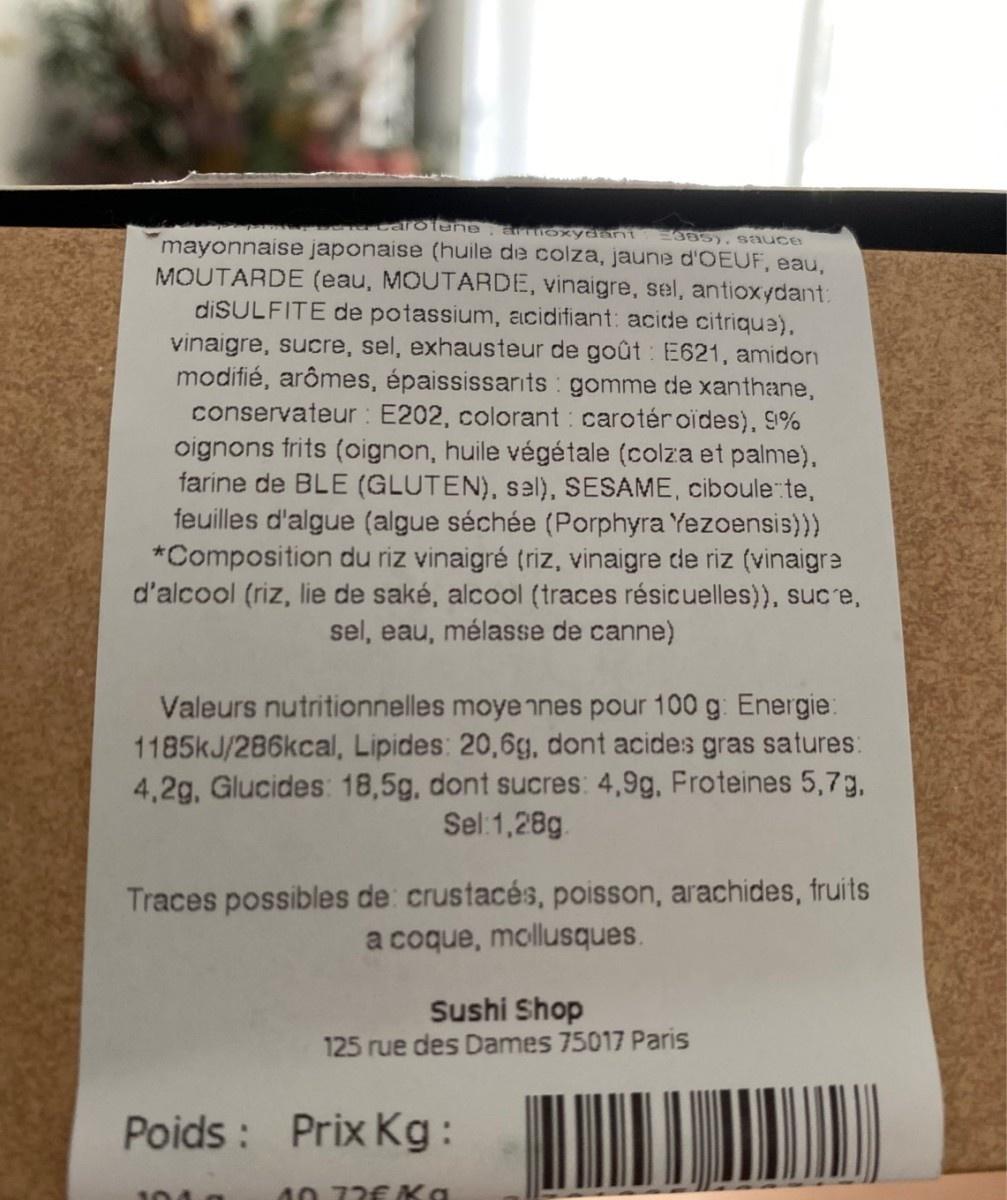
carotene, anioxydant mayonnaise japonaise (huile de colza, jaune d'OEUF, eau, MOUTARDE (eau, MOUTARDE, vinaigre, sel, antioxydant:
385), sauce
diSULFITE de potassium, acidifiant: acide citrique),
vinaigre, sucre, sel, exhausteur de goût : E621, amidorn modifié, arômes, épaississarıts gomme de xanthane, conservateur : E202, colorant : carotéroides), 9% oignons frits (oignon, huile végétale (colza et palme), farine de BLE (GLUTEN), sel), SESAME, ciboule: te, feuilles d'algue (algue séchée (Porphyra Yezoensis))) *Composition du riz vinaigré (riz, vinaigre de riz (vinaigre d'alcool (riz, lie de saké, alcool (traces résicuelles)), suce, sel, eau, mélasse de canne)
Valeurs nutritionnelles moye nnes pour 100 g: Energie: 1185kJ/286kcal, Lipides: 20,6g, dont acides gras satures: 4,2g, Glucides: 18,5g, dont sucres: 4,9g, Froteines 5,7g, Sel:1,28g.
Traces possibles de: crustacés, poisson, arachides, fruits a coque, mollusques.
Sushi Shop
125 rue des Dames 75017 Paris
Poids : Prix Kg:
40 72€ Ka